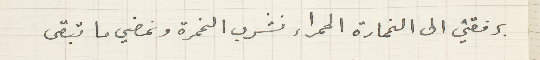
برفقتي الى الخمارة الحمراء نشرب الخمرة ونمضي ما تبقى